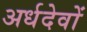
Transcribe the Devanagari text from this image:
अर्धदेवों